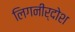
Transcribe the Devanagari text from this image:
लिगनीर्दोश